Code of medical and sanitary regulations for the guidance of medical officers serving in the Madras Presidency - Volume I
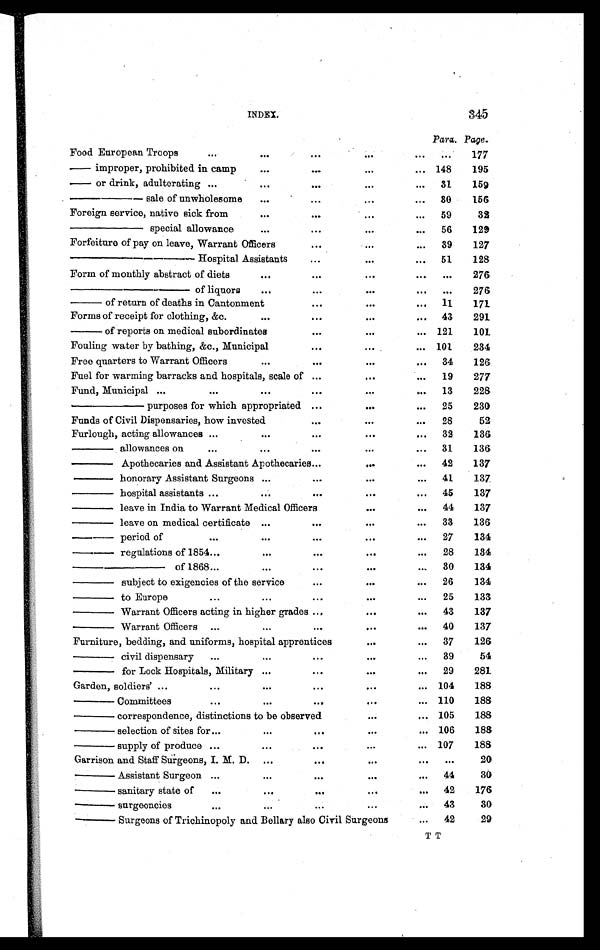
INDEX. 345
Para. Page.
Food European Troops
. . .
...
. . .
. . .
. . . ...
177
— i m p r o p e r , p r o h i b i t e d i n c a m p
...
...
. . .
... 148
195
— o r d r i n k , a d u l t e r a t i n g ...
...
...
. . .
... 31
159
——— sale of unwholesome
...
...
. . .
... 30
156
Foreign service, native sick from
...
...
. . .
. . . 59
32
——— special allowance
...
...
. . .
. . . 56
129
Forfeiture of pay on leave, Warrant Officers
...
. . .
... 39
127
— — — — H o s p i t a l A s s i s t a n t s
. . .
. . .
... 51
128
Form of monthly abstract of diets
...
...
...
. . .
. . .
276
————of liquors
...
...
. . .
...
...
276
—— of return of deaths in Cantonment
...
. . .
... 11
171
Forms of receipt for clothing, &c.
...
...
. . .
. . . 43
291
——of reports on medical subordinates
...
. . .
... 121
101
Fouling water by bathing, &c., Municipal
...
...
... 101
234
Free quarters to Warrant Officers
...
...
. . .
... 34
126
Fuel for warming barracks and hospitals, scale of ...
...
... 19
277
Fund, Municipal ...
. . . ...
...
. . .
. . . 13
228
————purposes for which appropriated ...
...
... 25
230
Funds of Civil Dispensaries, how invested
...
. . .
... 28
52
Furlough, acting allowances ...
...
...
. . .
... 32
136
—— allowances on
. . . ...
...
. . .
... 31
136
—— Apothecaries and Assistant Apothecaries ... ...
. . .
... 42
137
—— honorary Assistant Surgeons ...
...
...
... 41
137
—— hospital assistants ...
...
...
. . .
. . . 45
137
—— leave in India to Warrant Medical Officers
...
... 44
137
—— leave on medical certificate ...
...
. . .
... 33
136
— — p e r i o d o f
. . . ...
...
...
... 27
134
— — r e g u l a t i o n s o f 1 8 5 4 . . .
...
...
. . .
... 28
134
— — — — — o f 1 8 6 8 . . .
...
...
. . .
... 30
134
—— subject to exigencies of the service
...
...
... 26
134
—— to Europe
...
...
...
. . .
. . . 25
133
—— Warrant Officers acting in higher grades ...
...
... 43
137
—— Warrant Officers ...
...
...
...
. . . 40
137
Furniture, bedding, and uniforms, hospital apprentices
...
... 37
126
—— civil dispensary ...
...
...
. . .
. . . 39
54
—— for Lock Hospitals, Military ...
...
. . .
. . . 29
281
Garden, soldiers' ...
. . .
...
...
. . .
. . . 104
188
—— Committees
. . .
...
...
. . .
... 110
188
—— correspondence, distinctions to be observed
. . .
... 105
188
— — s e l e c t i o n o f s i t e s f o r . . .
...
...
. . .
... 106
188
—— supply of produce ...
...
...
. . .
. . . 107
188
Garrison and Staff Surgeons, I. M.D. ...
...
. . .
. . .
. . .
20
— — A s s i s t a n t S u r g e o n ...
...
...
...
... 44
30
— — s a n i t a r y s t a t e o f . . .
...
...
...
... 42
176
— — s u r g e o n c i e s
. . . ...
...
. . .
. . . 43
30
—— Surgeons of Trichinopoly and Bellary also Civil Surgeons
... 42
29
T T